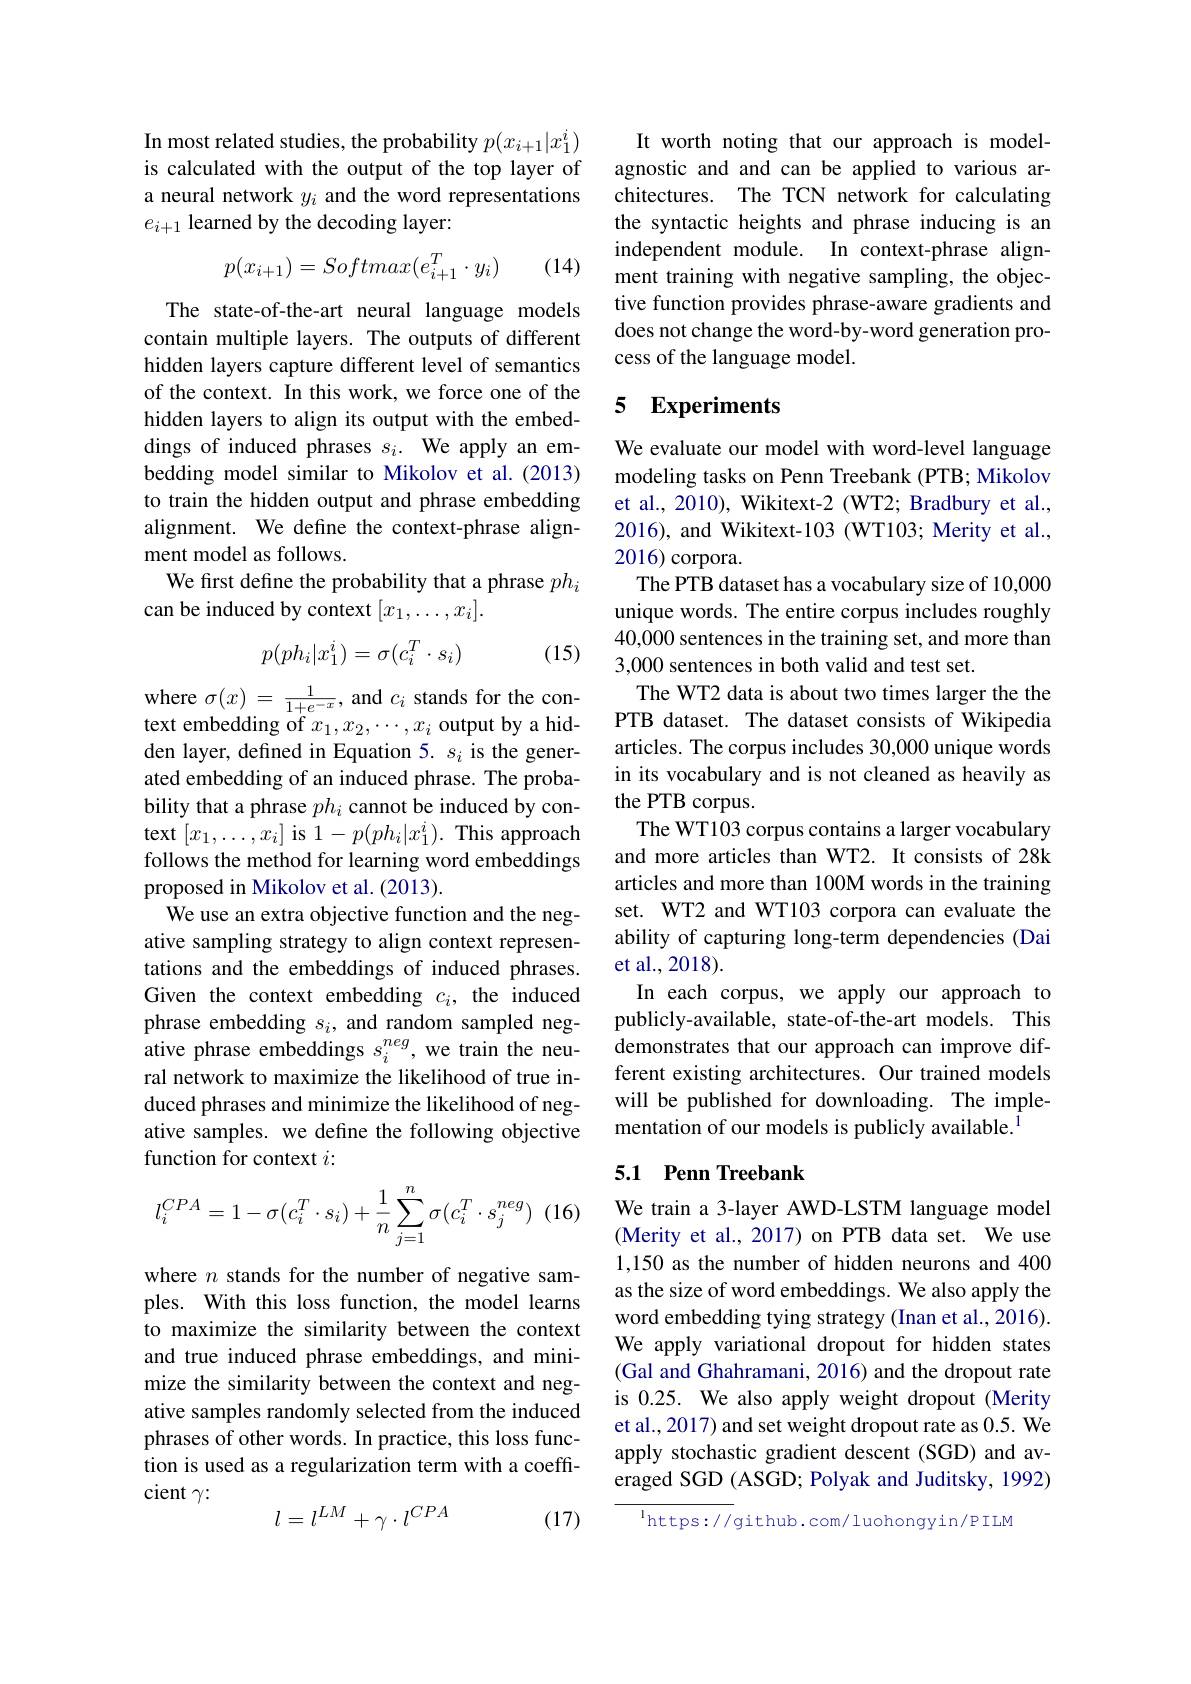
In most related studies, the probability $p(x_{i+1}|x_1^i)$ is calculated with the output of the top layer of a neural network $y_i$ and the word representations $e_{i+1}$ learned by the decoding layer:
$$p(x_{i+1})=Softmax(e_{i+1}^T\cdot y_i)$$
(14)

The state-of-the-art neural language models contain multiple layers. The outputs of different hidden layers capture different level of semantics of the context. In this work, we force one of the hidden layers to align its output with the embeddings of induced phrases $s_i.$ We apply an embedding model similar to Mikolov et al.(2013) to train the hidden output and phrase embedding alignment. We define the context-phrase alignment model as follows.
We first define the probability that a phrase $ph_i$
can be induced by context $[x_1,\ldots,x_i].$
$$p(ph_i|x_1^i)=\sigma(c_i^T\cdot s_i)$$
(15)

where $\sigma(x)=\frac1{1+e^{-x}}$, and $c_i$ stands for the context embedding of $x_1,x_2,\cdots,x_i$ output by a hidden layer, defined in Equation 5. $s_i$ is the generated embedding of an induced phrase. The probability that a phrase $ph_i$ cannot be induced by context $[x_1,\ldots,x_i]$ is 1$-p(ph_i|x_1^i).$ This approach follows the method for learning word embeddings proposed in Mikolov et al. (2013).
$\dot{\text{We use an extra objective function and the neg-}}$ ative sampling strategy to align context representations and the embeddings of induced phrases. Given the context embedding $c_i$, the induced phrase embedding $s_i$, and random sampled negative phrase embeddings $s_i^{neg}$, we train the neural network to maximize the likelihood of true induced phrases and minimize the likelihood of negative samples. we define the following objective function for context $i:$

$(1\epsilon$
$$l_i^{CPA}=1-\sigma(c_i^T\cdot s_i)+\dfrac{1}{n}\sum_{j=1}^n\sigma(c_i^T\cdot s_j^{neg})$$
where $n$ stands for the number of negative samples. With this loss function, the model learns to maximize the similarity between the context and true induced phrase embeddings, and minimize the similarity between the context and negative samples randomly selected from the induced phrases of other words. In practice, this loss function is used as a regularization term with a coefficient $\gamma{:}$

(17)
$$l=l^{LM}+\gamma\cdot l^{CPA}$$
It worth noting that our approach is modelagnostic and and can be applied to various architectures. The TCN network for calculating the syntactic heights and phrase inducing is an independent module. In context-phrase alignment training with negative sampling, the objective function provides phrase-aware gradients and does not change the word-by-word generation process of the language model.

# 5 Experiments

We evaluate our model with word-level language modeling tasks on Penn Treebank (PTB; Mikolov et al., 2010), Wikitext-2 (WT2; Bradbury et al., 2016), and Wikitext-103 (WT103; Merity et al., 2016) corpora.
The PTB dataset has a vocabulary size of 10,000 unique words. The entire corpus includes roughly 40,000 sentences in the training set, and more than 3,000 sentences in both valid and test set.
The WT2 data is about two times larger the the PTB dataset. The dataset consists of Wikipedia articles. The corpus includes 30,000 unique words in its vocabulary and is not cleaned as heavily as the PTB corpus.
The WT103 corpus contains a larger vocabulary and more articles than WT2. It consists of 28k articles and more than 100M words in the training set. WT2 and WT103 corpora can evaluate the ability of capturing long-term dependencies (Dai et al.,2018).
In each corpus, we apply our approach to publicly-available, state-of-the-art models. This demonstrates that our approach can improve different existing architectures. Our trained models will be published for downloading. The implementation of our models is publicly available.$^{\mathrm{i}}$

## 5.1 Penn Treebank

We train a 3-layer AWD-LSTM language model (Merity et al., 2017) on PTB data set. We use 1,150 as the number of hidden neurons and 400 as the size of word embeddings. We also apply the word embedding tying strategy (Inan et al., 2016). We apply variational dropout for hidden states (Gal and Ghahramani, 2016) and the dropout rate is 0.25. We also apply weight dropout (Merity et al., 2017) and set weight dropout rate as 0.5. We apply stochastic gradient descent (SGD) and averaged SGD (ASGD; Polyak and Juditsky, 1992)

$^{\mathrm{l} }$https: / / github. com/ luohongyin/ PILM